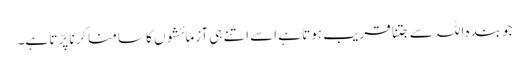
جو بندہ اللہ سے جتنا قریب ہوتا ہے اسے اتنے ہی آزمائشوں کا سامنا کرنا پڑتا ہے۔